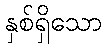
နှစ်ရှိသော